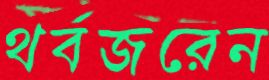
থর্বজরেন